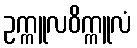
ဥက္ကူလဝိက္ကူလံ